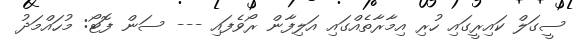
ސީގަލް ކައިރީގައި ހުރި އިމާރާތެއްގައި އަލިފާން ރޯވެފައި --- ސަން ފޮޓޯ: މުހައްމަދު